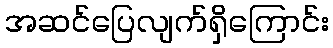
အဆင်ပြေလျက်ရှိကြောင်း